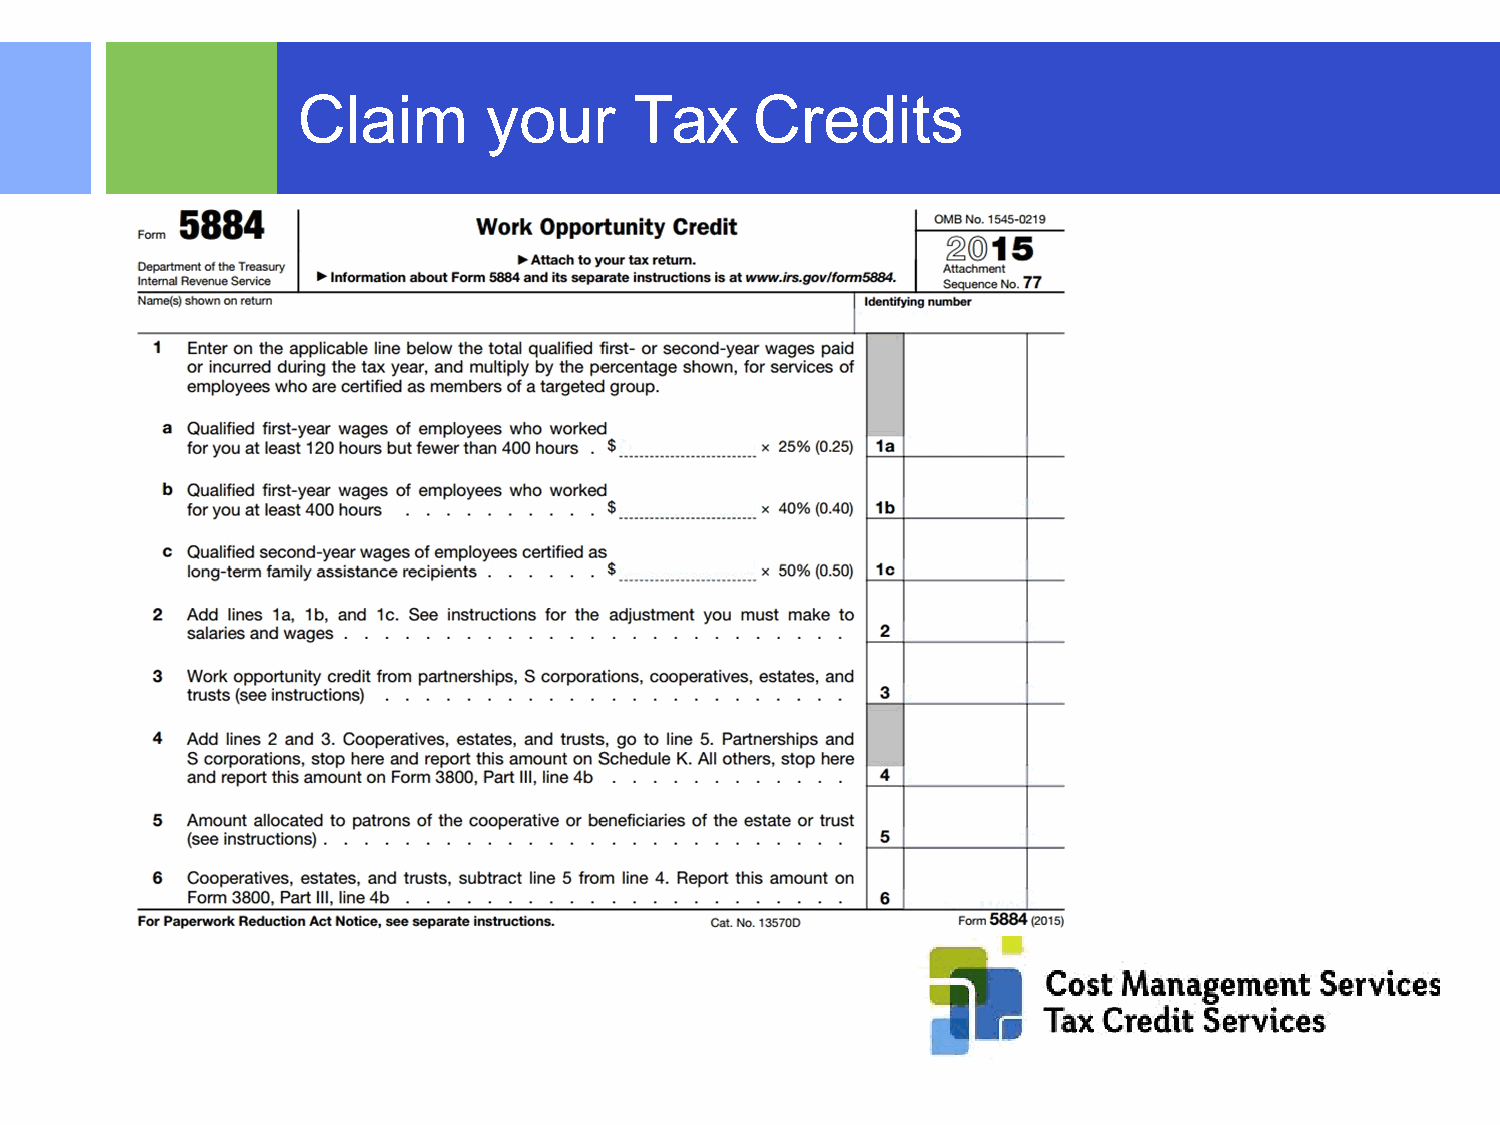
Claim       your      Tax     Credits
 ©2015 RSM US LLP. All RightsReserved.